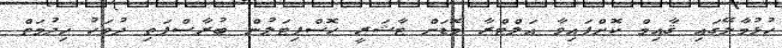
ހުޅުމާލޭގައި ޤާއިމް ކޮށްފައިވާ އަލްޓްރާ މޮޑަން ޓާޝަރީ ހޮސްޕިޓަލުން ބުރާސްފަތި ދުވަހު ޚިދުމަތް